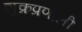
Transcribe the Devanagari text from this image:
शुक्रप्रणाली